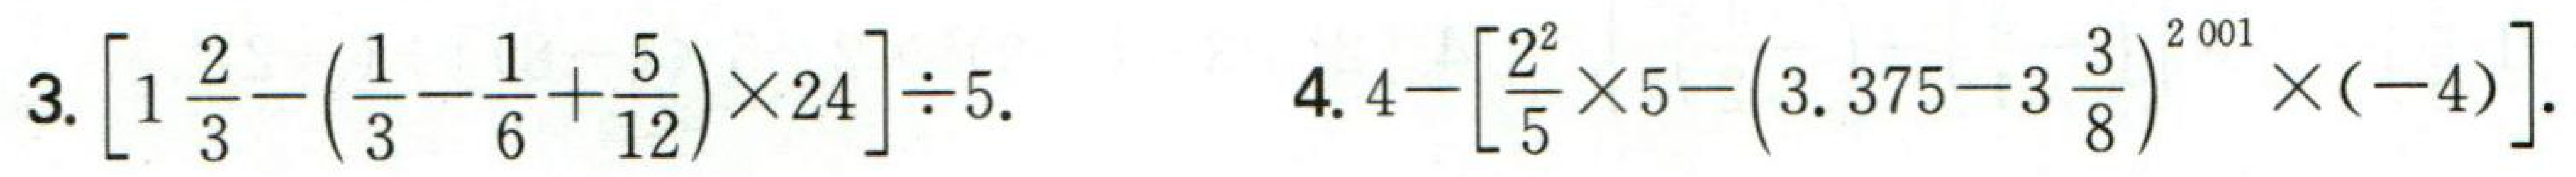
3. \(\left[1\frac{2}{3}-\left(\frac{1}{3}-\frac{1}{6}+\frac{5}{12}\right)\times24\right]\div5\).
4. \(4-\left[\frac{2^{2}}{5}\times5-\left(3.375 - 3\frac{3}{8}\right)^{201}\times(-4)\right]\).